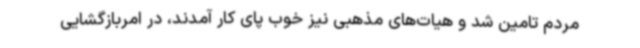
مردم تامین شد و هیات‌های مذهبی نیز خوب پای کار آمدند، در امربازگشایی